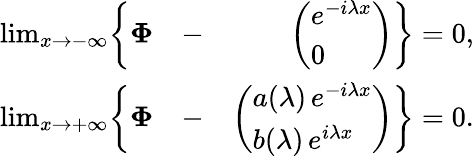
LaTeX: \begin{array}{rlr}{\operatorname*{lim}_{x\to-\infty}\biggl\{ \mathbf{\Phi}}&{-}&{\left(\begin{array}{l}{e^{-i\lambda x}}\\ {0}\end{array}\right)\biggr\} =0,}\\ {\operatorname*{lim}_{x\to+\infty}\biggl\{ \mathbf{\Phi}}&{-}&{\left(\begin{array}{l}{a(\lambda)\, e^{-i\lambda x}}\\ {b(\lambda)\, e^{i\lambda x}}\end{array}\right)\biggr\} =0.}\end{array}